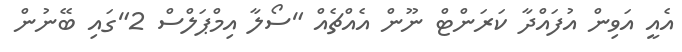
އެއީ އަވިން އުފައްދާ ކަރަންޓް ނޫން އެއްޗެއް "ސޯލާ އިމްޕަލްސް 2"ގައި ބޭނުން